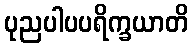
ပုညပါပပရိက္ခယာတိ